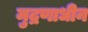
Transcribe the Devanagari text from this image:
मुद्रणाधीन